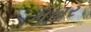
મૂખર